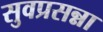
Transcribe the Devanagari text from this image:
सुवप्रसन्ना